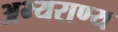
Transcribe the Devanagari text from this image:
अभ्‍यराण्‍य